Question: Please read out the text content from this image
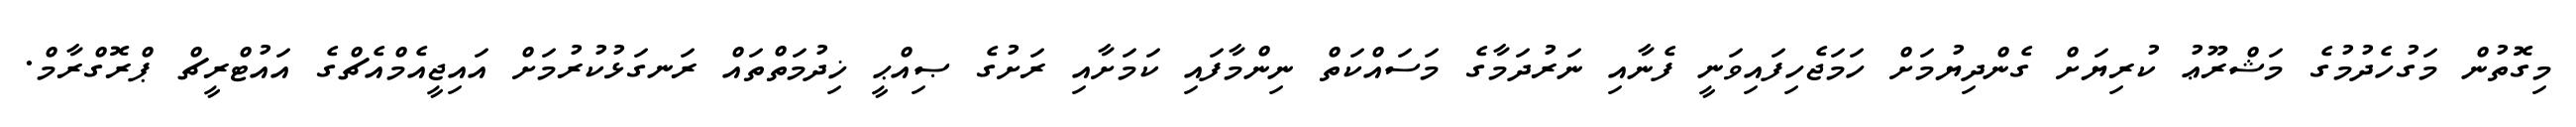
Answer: މިގޮތުން މަގުހެދުމުގެ މަޝްރޫޢު ކުރިޔަށް ގެންދިޔުމަށް ހަމަޖެހިފައިވަނީ ފެނާއި ނަރުދަމާގެ މަސައްކަތް ނިންމާފައި ކަމަށާއި ރަށުގެ ޞިއްޙީ ޚިދުމަތްތައް ރަނގަޅުކުރުމަށް އައިޖީއެމްއެޗްގެ އައުޓްރީޗް ޕްރޮގްރާމް.